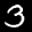
Label: 3